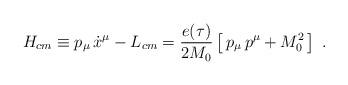
LaTeX: \begin{align*}H_{cm}\equiv p_\mu\, \dot x^\mu -L_{cm} ={e(\tau)\over 2M_0}\left[\, p_\mu \, p^\mu + M_0^2\, \right]\ .\end{align*}